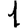
Digit: 1